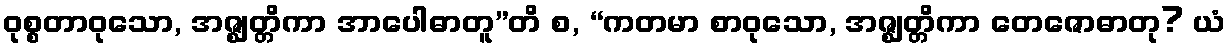
ဝုစ္စတာဝုသော, အဇ္ဈတ္တိကာ အာပေါဓာတူ”တိ စ, “ကတမာ စာဝုသော, အဇ္ဈတ္တိကာ တေဇောဓာတု? ယံ